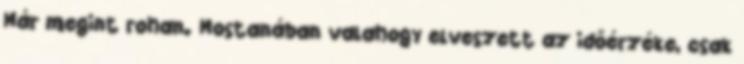
Már megint rohan. Mostanában valahogy elveszett az időérzéke, csak